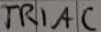
Text: TRIAC